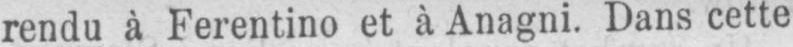
rendu à Ferentino et à Anagni. Dans cette